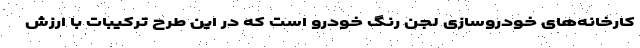
کارخانه‌های خودروسازی لجن رنگ خودرو است که در این طرح ترکیبات با ارزش